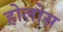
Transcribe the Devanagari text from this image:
होलोस